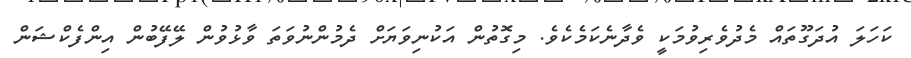
ކަހަލަ އުދަގޫތައް މެދުވެރިވުމަކީ ވެދާނެކަމެކެވެ. މިގޮތުން އަކުނިވަޔަށް ދެމުންނުވަތަ ވާޅުވުން ލޭފޭބުން އިންފެކްޝަން